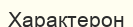
Характерон